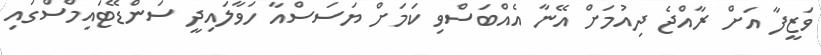
ވަޒީފާ އަށް ރާއްޖެ ދިއުމަށް އޭނާ އެއްބަސްވި ކަމަށް ޔަސަސްއާ ހަވާލައިދީ ސަންޑޭޓައިމްސްގައި